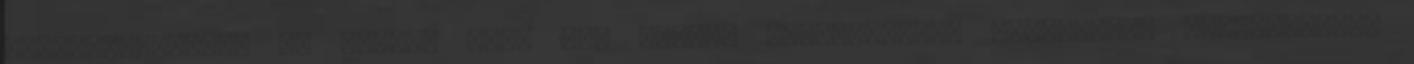
életfelfogását, ha tudná, hogy van esélye feltételesen szabadulni előbb-utóbb,